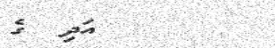
٤٦       އަދި  ގެ